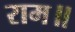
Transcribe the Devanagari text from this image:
राम॥